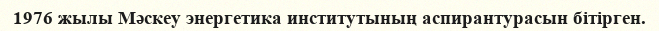
1976 жылы Мәскеу энергетика институтының аспирантурасын бітірген.